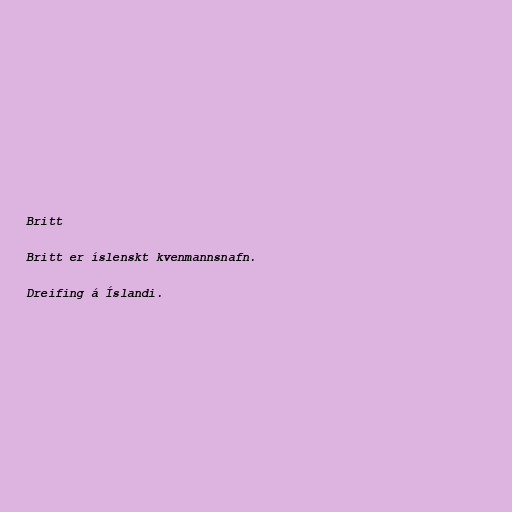
Britt

Britt er íslenskt kvenmannsnafn.

Dreifing á Íslandi.